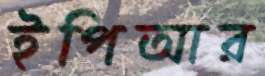
ইপিআর